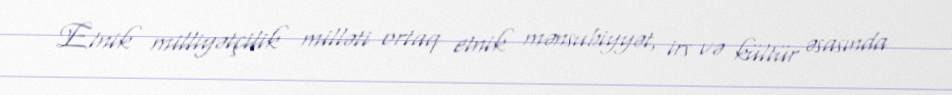
Etnik milliyətçilik milləti ortaq etnik mənsubiyyət, irs və kültür əsasında